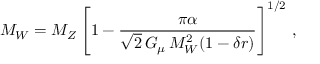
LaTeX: M _ { W } = M _ { Z } \left[ 1 - { \frac { \pi \alpha } { \sqrt 2 \, G _ { \mu } \, M _ { W } ^ { 2 } ( 1 - \delta r ) } } \right] ^ { 1 / 2 } \, ,